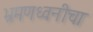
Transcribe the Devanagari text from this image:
भ्रमणध्वनीचा